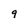
Character: 9